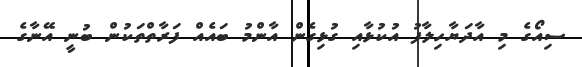
ސިއޯގެ މި އާދަޔާހިލާފު އުކުޅާއި ގުޅިގެން އާންމު ބައެއް ފަރާތްތަކުން ބުނީ އޭނާގެ